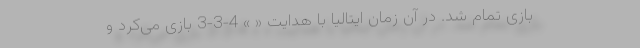
بازی تمام شد. در آن زمان ایتالیا با هدایت « » 4-3-3 بازی می‌کرد و